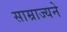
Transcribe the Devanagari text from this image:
साम्राज्यने